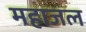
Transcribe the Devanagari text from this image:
महाजल